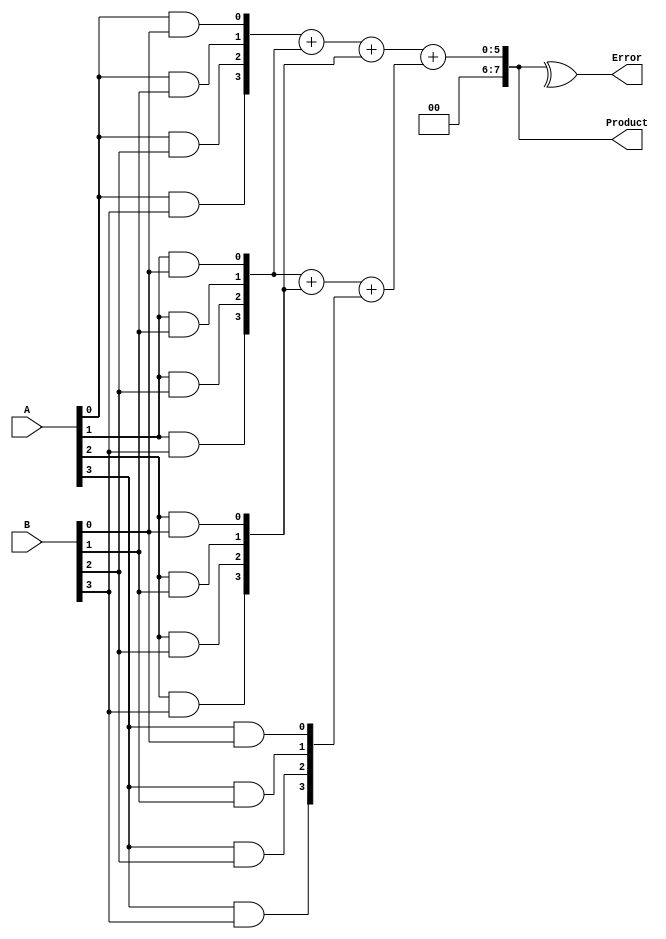
module FaultTolerantWallaceTreeMultiplier #(parameter N = 4) (
    input [N-1:0] A,
    input [N-1:0] B,
    output reg [2*N-1:0] Product,
    output reg Error
);

// Generate partial products
wire [N-1:0] pp [0:N-1]; // Partial products matrix

genvar i, j;
generate
    for (i = 0; i < N; i = i + 1) begin: PP_GEN
        for (j = 0; j < N; j = j + 1) begin: PP_GEN_INNER
            assign pp[i][j] = A[i] & B[j]; // AND each bit
        end
    end
endgenerate

// Wallace tree reduction
wire [N:0] sum [0:N-1]; // Intermediate sums
wire [N:0] carry [0:N-1]; // Intermediate carries

// Initial full adder stage
generate
    for (i = 0; i < N; i = i + 1) begin: WALLACE_TREE
        if (i < N-1) begin
            assign {carry[i], sum[i]} = pp[i] + pp[i+1] + pp[i+2]; // Combine three rows into two
        end else begin
            assign sum[i] = pp[i]; // Last row
        end
    end
endgenerate

// Final addition stage
wire [2*N-1:0] final_sum; // Final product sum
assign final_sum = sum[0] + sum[1]; // Final summation (expand as needed)

// Error detection mechanism (simple parity check)
always @(*) begin
    Error = ^final_sum; // Simple parity check for error detection
    Product = final_sum;
end

endmodule